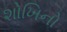
શોખિનો